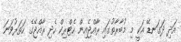
އަދި ދަގަނޑޭ އަކީ މި މުބާރާތުގައި ރާއްޖެއިން ހެޓްރިކް ހެދި ރާއްޖޭގެ ހަތަރުވަނަ